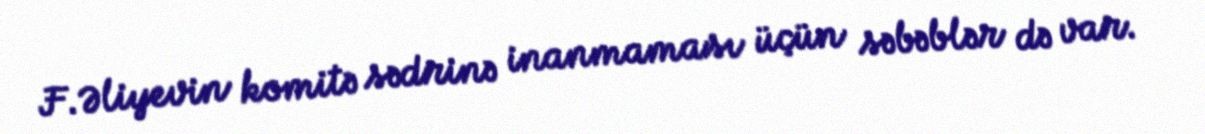
F.Əliyevin komitə sədrinə inanmaması üçün səbəblər də var.